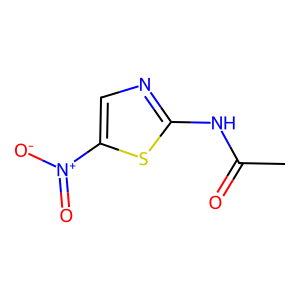
SMILES: CC(=O)Nc1ncc([N+](=O)[O-])s1
Inhibits HIV replication: No